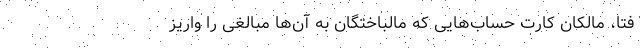
فتا، مالکان کارت حساب‌هایی که مالباختگان به آن‌ها مبالغی را واریز